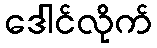
ဒေါင်လိုက်